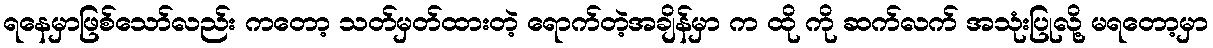
ရနေမှာဖြစ်သော်လည်း ကတော့ သတ်မှတ်ထားတဲ့ ရောက်တဲ့အချိန်မှာ က ထို ကို ဆက်လက် အသုံးပြုလို့ မရတော့မှာ